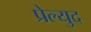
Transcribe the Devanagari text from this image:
प्रेल्युद